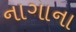
નાગાના